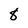
Character: 8